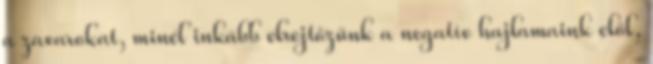
a zavarokat, minél inkább elrejtőzünk a negatív hajlamaink elől,